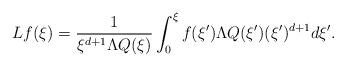
LaTeX: \begin{align*} {L} f(\xi) = \frac{1}{\xi^{d+1} \Lambda Q(\xi)} \int_0^\xi f(\xi') \Lambda Q (\xi') (\xi')^{d+1} d\xi'. \end{align*}